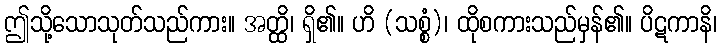
ဤသို့သောသုတ်သည်ကား။ အတ္ထိ၊ ရှိ၏။ ဟိ (သစ္စံ)၊ ထိုစကားသည်မှန်၏။ ပိဋကာနိ၊